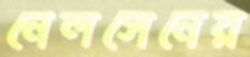
নেলসেনের